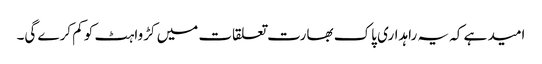
امید ہے کہ یہ راہداری پاک بھارت تعلقات میں کڑواہٹ کو کم کرے گی۔